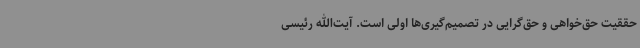
حققیت حق‌خواهی و حق‌گرایی در تصمیم‌گیری‌ها اولی است. آیت‌الله رئیسی